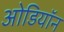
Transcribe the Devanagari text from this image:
ओडियॉन